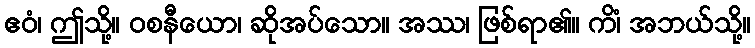
ဧဝံ၊ ဤသို့။ ဝစနီယော၊ ဆိုအပ်သော။ အဿ၊ ဖြစ်ရာ၏။ ကိံ၊ အဘယ်သို့။